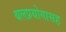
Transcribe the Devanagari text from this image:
बलप्रयोगासह